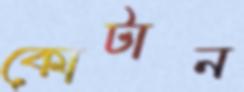
কোটান